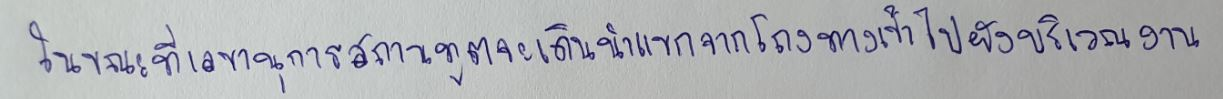
ในขณะที่เลขานุการสถานทูตจะเดินนำแขกจากโถงทางเข้าไปยังบริเวณงาน